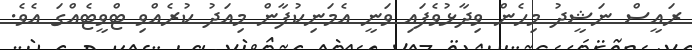
ރައީސް ނަޝީދު މިހެން ވިދާޅުވެފައި ވަނީ އެމަނިކުފާން މިއަދު ކުރެއްވި ޓްވީޓެއްގަ އެވެ.